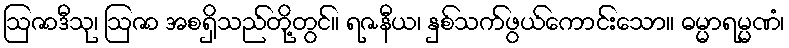
ဩဇာဒီသု၊ ဩဇာ အစရှိသည်တို့တွင်။ ရဇနီယ၊ နှစ်သက်ဖွယ်ကောင်းသော။ ဓမ္မာရမ္မဏံ၊